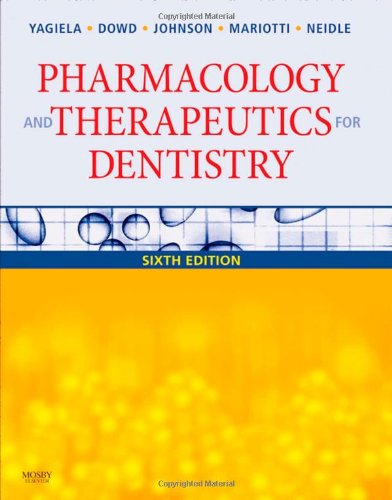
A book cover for Pharmacology and Therapeutics for Dentistry, 6e; John A. Yagiela DDS  PhD; Medical Books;